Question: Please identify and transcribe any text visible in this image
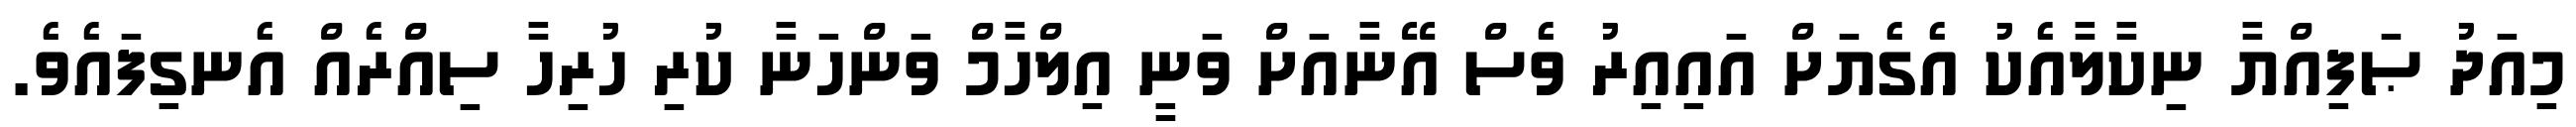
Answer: މިއަދު ޞަފިއްޔާ ނިކާލާއެކު އެގެޔަށް އައިއިރު ވެސް އޭނާއަށް ވަނީ އިލްހާމް ވަންހަނާ ކުރި ހުރިހާ ސިއްރެއް އެނގިފައެވެ.